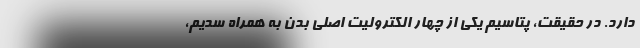
دارد. در حقیقت، پتاسیم یکی از چهار الکترولیت اصلی بدن به همراه سدیم،